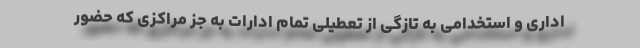
اداری و استخدامی به تازگی از تعطیلی تمام ادارات به جز مراکزی که حضور